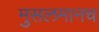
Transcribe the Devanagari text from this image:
मुसलमानच